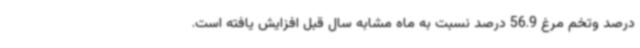
درصد وتخم مرغ 56.9 درصد نسبت به ماه مشابه سال قبل افزایش یافته است.